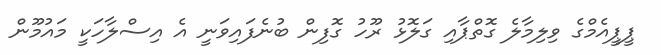
ޕީޕީއެމްގެ ވިލިމާލެ ގޮތްޕާއި ގަލޮޅު ރޫހު ގޮފިން ބުނެފައިވަނީ އެ އިސްލާހަކީ މައުމޫން